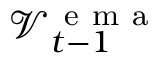
\mathcal { V } _ { t - 1 } ^ { \mathrm { ~ e ~ m ~ a ~ } }